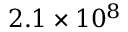
2 . 1 \times 1 0 ^ { 8 }